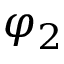
\varphi _ { 2 }